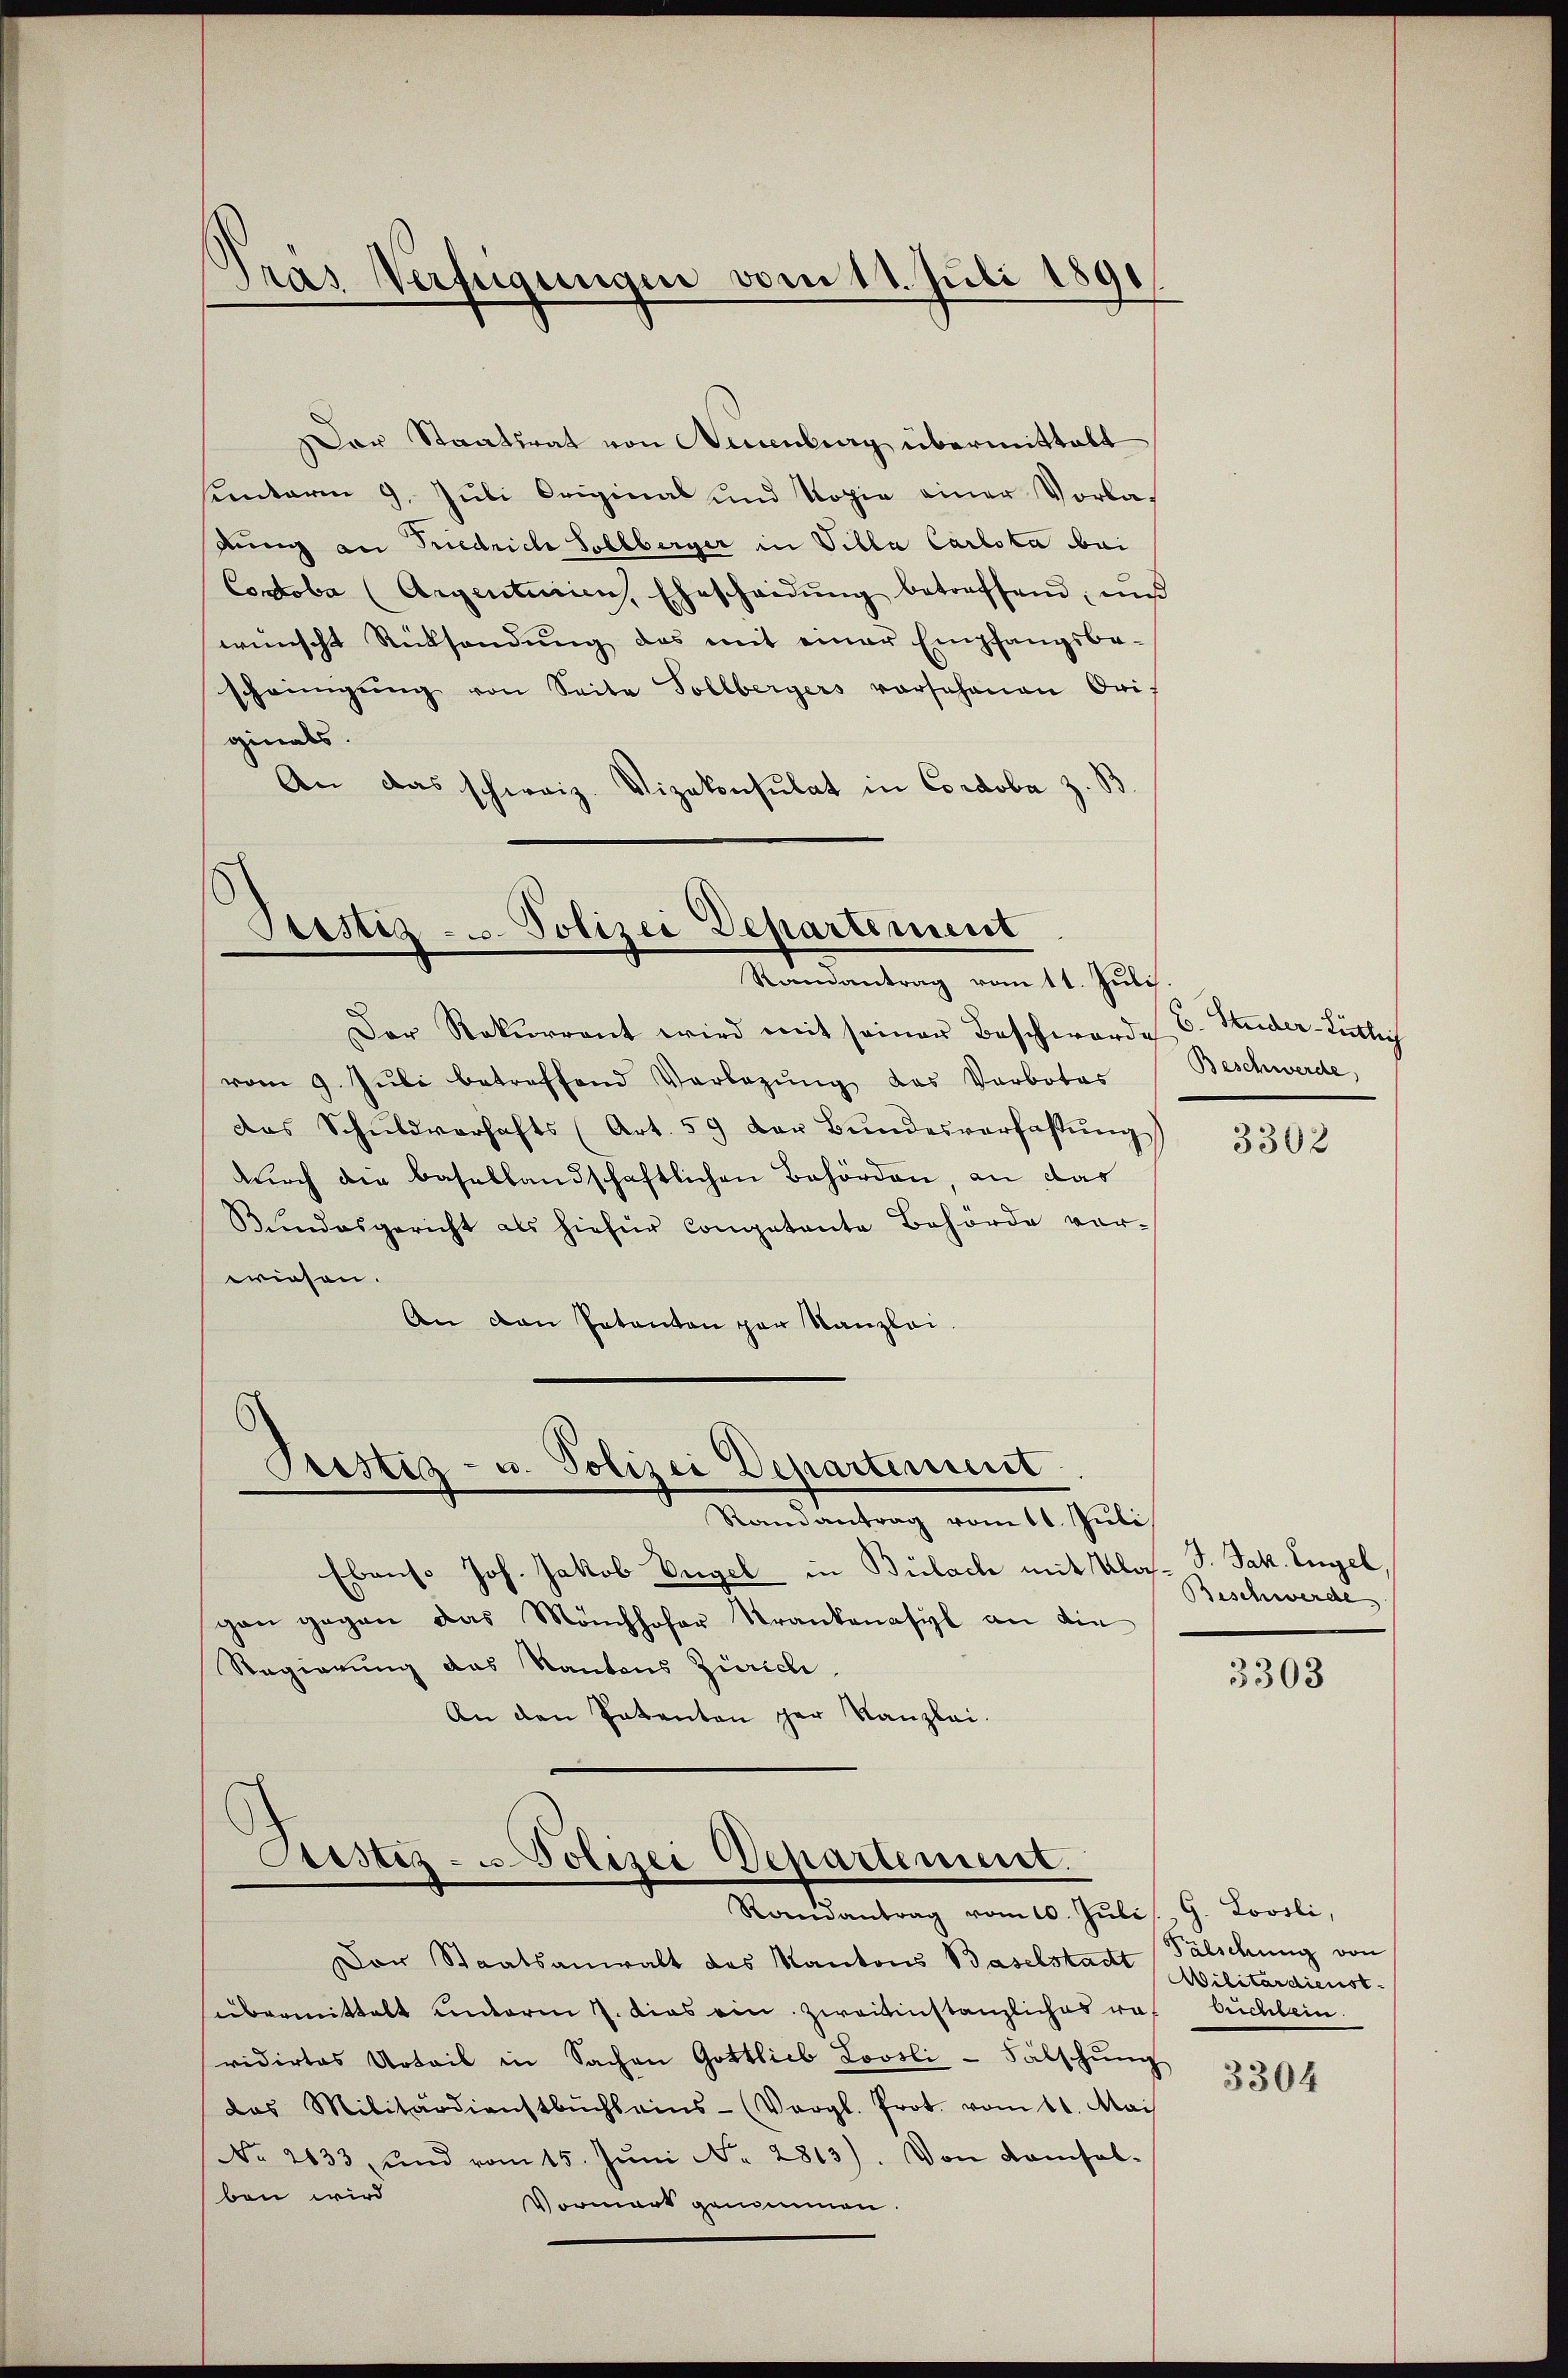
Gras Verfügungen vom 11. Juli 1891,

Der Staatsrat von Neuenburg übermittalt
unterm 9. Juli Original und Kopie einer Vorladung an Friedrich Selberger in Villa Carlota bei
Contoba (Argenturien, Ehescheidŭng betreffend, un
wünscht Rücksendŭng das mit einer Empfangsbe-
scheinigŭng von Seite Sollbergers vorschenen Originals.
An das schweiz. Vizekonsulat in Cordoba z. B.

Peistig - Polizei Departement
Randantrag vom 11. Juli

Der Rekurrent wird mit seiner Beschwerde u. Studer-Zütlich
vom 9. Jŭli betreffend Vorlegŭng das Verbotes
Das Schŭldverhafts (Art. 59 der Bŭndesverfassŭng
durch die Basellandschaftlichen Behörden, an das
Bŭndesgericht als hiefür Competente Behörde vorwiesen.
An den Petenten par Kanzlei.

Prestiz- u. Polizei Departement

Randantrag vom 11. Juli
Ebenso Joh. Jakob Vngel in Bülach mit Ulas- J. Jak. Engel
gan gegen das Mönchhofer Krankenasizl an die
Regierung das Kantons Zürich
An den Patenten der Kanzlei.

Custiz- u. Polizei Departement.
Randantrag vom 10. Jŭli G. Lovsli,

Beschwerde,

Der Staatsanwalt des Kantons Baselstadt
übermittelt unterm 7. dies ein Zweitinstanzliches ras buchlein.
vidirtes Urteil in Sachen Gottlieb Loosli-Fälschung
das Militärdienstbŭchsains- (Vergl. Prot. vom 11. Mai
No 2633, und vom 15. Jŭni N. 2813). Von Kamsal-
ben wird
Vormark genommen.

3302

Beschwerde

3303

Fälschung von
Militärdienst.

3304